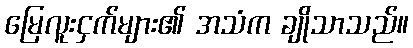
မြေလူးငှက်များ၏ အသံက ချိုသာသည်။